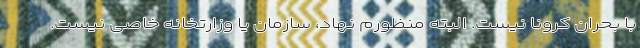
با بحران کرونا نیست. البته منظورم نهاد، سازمان یا وزارتخانه خاصی نیست.